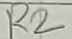
Text: R2